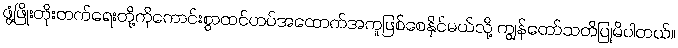
ဖွံ့ဖြိုးတိုးတက်ရေးတို့ကိုကောင်းစွာထင်ဟပ်အထောက်အကူဖြစ်စေနိုင်မယ်လို့ ကျွန်တော်သတိပြုမိပါတယ်။